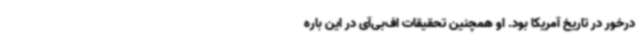
درخور در تاریخ آمریکا بود. او همچنین تحقیقات اف‌بی‌آی در این باره